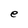
Character: e